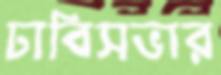
ঢাবিসভার